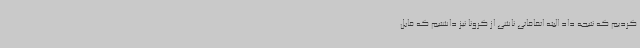
کردیم که نتیجه داد البته اتفاقاتی ناشی از کرونا نیز داشتیم که قابل